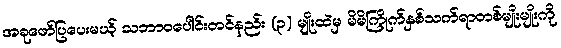
အခုဖော်ပြပေးမယ့် သဘာဝပေါင်းတင်နည်း (၃) မျိုးထဲမှ မိမိကြိုက်နှစ်သက်ရာတစ်မျိုးမျိုးကို